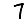
Digit: 7